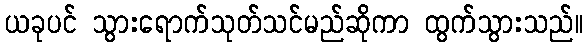
ယခုပင် သွားရောက်သုတ်သင်မည်ဆိုကာ ထွက်သွားသည်။